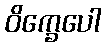
ဝိက္ခေပေါ